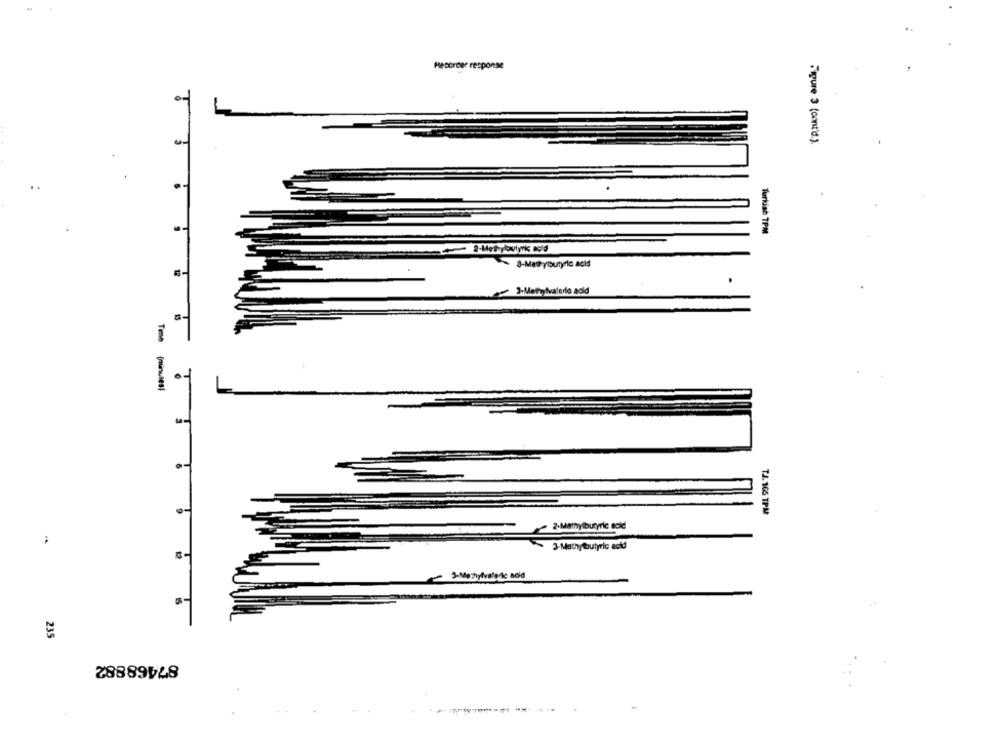
..
Recorder response
Figure 3 (cont'd.)
Turkish TPM
2-Methylbutyric acid
8-Methybutyric acid
3-Methylvalerie acid
[minutes!
0-
T.J. 165 TPM
2.Mathylbutyric acid
3-Mathytoutyric acid
3-Methylvaledic acid
235
87468882